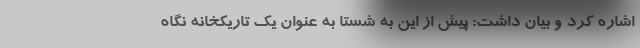
اشاره کرد و بیان داشت: پیش از این به شستا به عنوان یک تاریکخانه نگاه